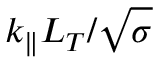
k _ { \parallel } L _ { T } / \sqrt { \sigma }